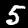
Label: 5